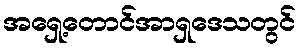
အရှေ့တောင်အာရှဒေသတွင်